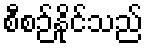
စီစဉ်နိုင်သည်